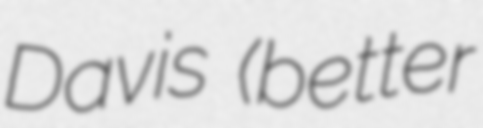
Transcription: Davis (better